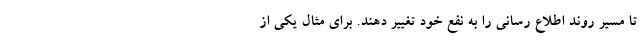
تا مسیر روند اطلاع رسانی را به نفع خود تغییر دهند. برای مثال یکی از